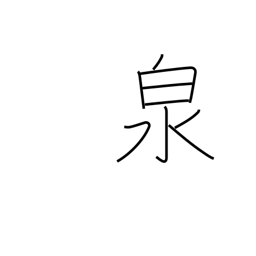
Meaning: fountain